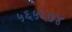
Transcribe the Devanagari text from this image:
५६५६७४